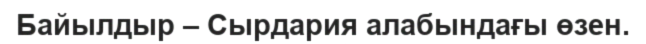
Байылдыр – Сырдария алабындағы өзен.